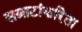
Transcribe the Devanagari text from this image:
सम्राटांकरिता